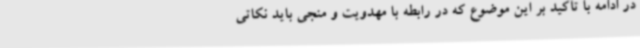
در ادامه با تأکید بر این موضوع که در رابطه با مهدویت و منجی باید نکاتی